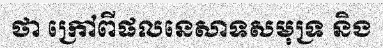
ថា ក្រៅពីផលនេសាទសមុទ្រ និង